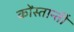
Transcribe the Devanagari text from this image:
कोंस्तान्तीं